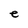
Character: e